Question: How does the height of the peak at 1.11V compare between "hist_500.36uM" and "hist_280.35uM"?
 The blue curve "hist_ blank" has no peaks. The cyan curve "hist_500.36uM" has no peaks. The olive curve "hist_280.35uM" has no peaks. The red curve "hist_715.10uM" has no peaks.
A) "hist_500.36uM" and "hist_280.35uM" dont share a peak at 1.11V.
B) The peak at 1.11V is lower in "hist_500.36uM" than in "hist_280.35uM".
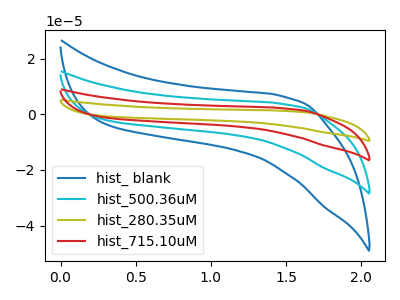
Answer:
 <answer>A) "hist_500.36uM" and "hist_280.35uM" dont share a peak at 1.11V.</answer>
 <eval>A</eval>